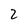
Character: 2